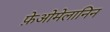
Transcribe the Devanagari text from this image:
फ़ेओमेलानिन